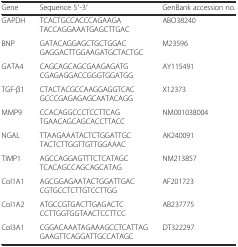
| Gene | Sequence 5′-3′ | GenBank accession no. |
 | --- | --- | --- |
 | GAPDH | TCACTGCCACCCAGAAGATACCAGGAAATGAGCTTGAC | ABO38240 |
 | BNP | GATACAGGAGCTGCTGGACGAGGACTTGGAAGATGCTACTGC | M23596 |
 | GATA4 | CAGCAGCAGCGAAGAGATGCGAGAGGACCGGGTGGATGG | AY115491 |
 | TGF-β1 | CTACTACGCCAAGGAGGTCACGCCCGAGAGAGCAATACAGG | X12373 |
 | MMP9 | CCACAGGCCCTCCTTCAGTGAACAGCAGCACCTTACC | NM001038004 |
 | NGAL | TTAAGAAATACTCTGGATTGCTACTCTTGGTTGTTGGAAAC | AK240091 |
 | TIMP1 | AGCCAGGAGTTTCTCATAGCTCACAGCCAGCAGCATAG | NM213857 |
 | Col1A1 | AGCGGAGAATACTGGATTGACCGTGCCTCTTGTCCTTGG | AF201723 |
 | Col1A2 | ATGCCGTGACTTGAGACTCCCTTGGTGGTAACTCCTTCC | AB237775 |
 | Col3A1 | CGGACAAATAGAAAGCCTCATTAGGAAGTTCAGGATTGCCATAGC | DT322297 |